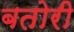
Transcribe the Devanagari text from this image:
बतोरी